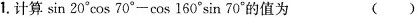
1.计算 $$sin 20°cos 70° - cos 160°sin 70°$$的值为 ( )